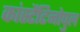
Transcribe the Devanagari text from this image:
कांस्टैंटिनोपुल